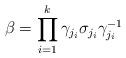
LaTeX: \begin{align*}\beta=\prod_{i=1}^k\gamma_{j_i}\sigma_{j_i}\gamma_{j_i}^{-1}\end{align*}